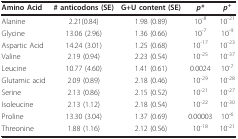
<table><thead><tr><td><b>Amino Acid</b></td><td><b># anticodons (SE)</b></td><td><b>G+U content (SE)</b></td><td><b><i>p*</i></b></td><td><b><i>p</i><sup>+</sup></b></td></tr></thead><tbody><tr><td>Alanine</td><td>2.21(0.84)</td><td>1.98 (0.89)</td><td>10<sup>-8</sup></td><td>10<sup>-21</sup></td></tr><tr><td>Glycine</td><td>13.06 (2.96)</td><td>1.36 (0.66)</td><td>10<sup>-7</sup></td><td>10<sup>-9</sup></td></tr><tr><td>Aspartic Acid</td><td>14.24 (3.01)</td><td>1.25 (0.68)</td><td>10<sup>-17</sup></td><td>10<sup>-23</sup></td></tr><tr><td>Valine</td><td>2.19 (0.94)</td><td>2.23 (0.54)</td><td>10<sup>-25</sup></td><td>10<sup>-37</sup></td></tr><tr><td>Leucine</td><td>10.77 (4.60)</td><td>1.41 (0.61)</td><td>0.0024</td><td>10<sup>-7</sup></td></tr><tr><td>Glutamic acid</td><td>2.09 (0.89)</td><td>2.18 (0.46)</td><td>10<sup>-29</sup></td><td>10<sup>-28</sup></td></tr><tr><td>Serine</td><td>2.13 (0.86)</td><td>2.15 (0.52)</td><td>10<sup>-21</sup></td><td>10<sup>-27</sup></td></tr><tr><td>Isoleucine</td><td>2.13 (1.12)</td><td>2.18 (0.54)</td><td>10<sup>-22</sup></td><td>10<sup>-30</sup></td></tr><tr><td>Proline</td><td>13.30 (3.04)</td><td>1.37 (0.69)</td><td>0.00003</td><td>10<sup>-6</sup></td></tr><tr><td>Threonine</td><td>1.88 (1.16)</td><td>2.12 (0.56)</td><td>10<sup>-18</sup></td><td>10<sup>-21</sup></td></tr></tbody></table>